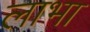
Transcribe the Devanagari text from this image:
लाभा